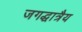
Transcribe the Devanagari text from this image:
जगद्धात्रैय